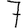
Digit: 7